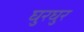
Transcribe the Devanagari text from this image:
घुरघुर